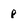
Character: p